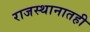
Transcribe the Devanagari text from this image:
राजस्थानातही